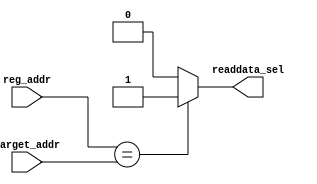
// SPDX-License-Identifier: Apache-2.0
// Copyright (C) 2019 Intel Corporation. All rights reserved
//****************************************************************************************
// (C) 2012 Altera Corporation. All rights reserved.
//
//****************************************************************************************
//*****************************************************************
// Description:
//
//*****************************************************************

module cfg_dprio_readdata_sel
#(
   parameter ADDR_WIDTH      = 10  // Address width
 )
( 
input  wire [ADDR_WIDTH-1:0]  reg_addr,     // address input
input  wire [ADDR_WIDTH-1:0]  target_addr,  // target address input

output wire                   readdata_sel  // read select output
);

assign readdata_sel = (reg_addr == target_addr) ? 1'b1 : 1'b0;

endmodule